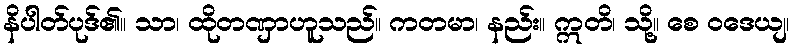
နိပါတ်ပုဒ်၏။ သာ၊ ထိုတဏှာဟူသည်။ ကတမာ၊ နည်း။ ဣတိ၊ သို့။ စေ ဝဒေယျ၊